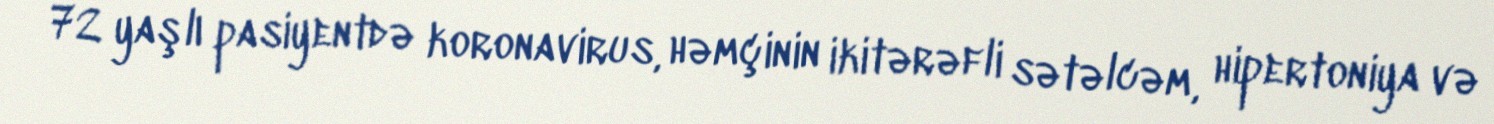
72 yaşlı pasiyentdə koronavirus, həmçinin ikitərəfli sətəlcəm, hipertoniya və